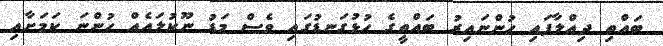
ބައްތި ދިއްލާފައި ހުންނައިރު ބައްތީގެ ހުޅުގަނޑުގައި ވެސް މަޑު ނޫކުލައެއް ހުންނަ ކަމަށާއި